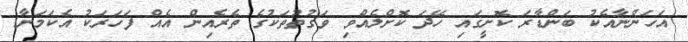
އަހަންނާއެކު ބަންޑާރަ ކޮށީގައި ހޭދަ ކޮށްލެއްވި ވަގުތުތަކުގެ ތެރެއިން އެއް ފަހަރަކު އެކަމަނާ